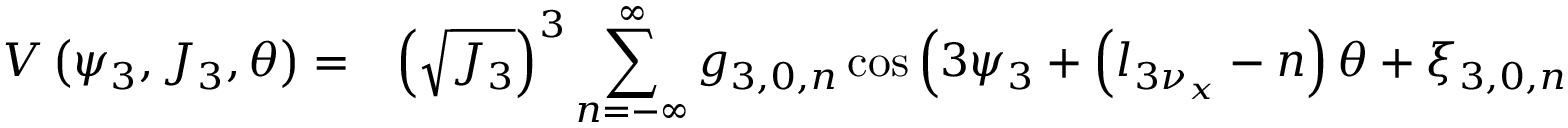
\begin{array} { c l } { V \left( \psi _ { 3 } , J _ { 3 } , \theta \right) = } & { \displaystyle \left( \sqrt { J _ { 3 } } \right) ^ { 3 } \displaystyle \sum _ { n = - \infty } ^ { \infty } { g _ { 3 , 0 , n } \cos { \left( 3 \psi _ { 3 } + \left( l _ { 3 \nu _ { x } } - n \right) \theta + \xi _ { 3 , 0 , n } \right) } } } \end{array}